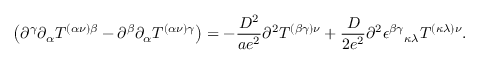
\left( \partial ^ { \gamma } \partial _ { \alpha } T ^ { ( \alpha \nu ) \beta } - \partial ^ { \beta } \partial _ { \alpha } T ^ { ( \alpha \nu ) \gamma } \right) = - \frac { D ^ { 2 } } { a e ^ { 2 } } \partial ^ { 2 } T ^ { ( \beta \gamma ) \nu } + \frac { D } { 2 e ^ { 2 } } \partial ^ { 2 } \epsilon ^ { \beta \gamma } { } _ { \kappa \lambda } T ^ { ( \kappa \lambda ) \nu } .